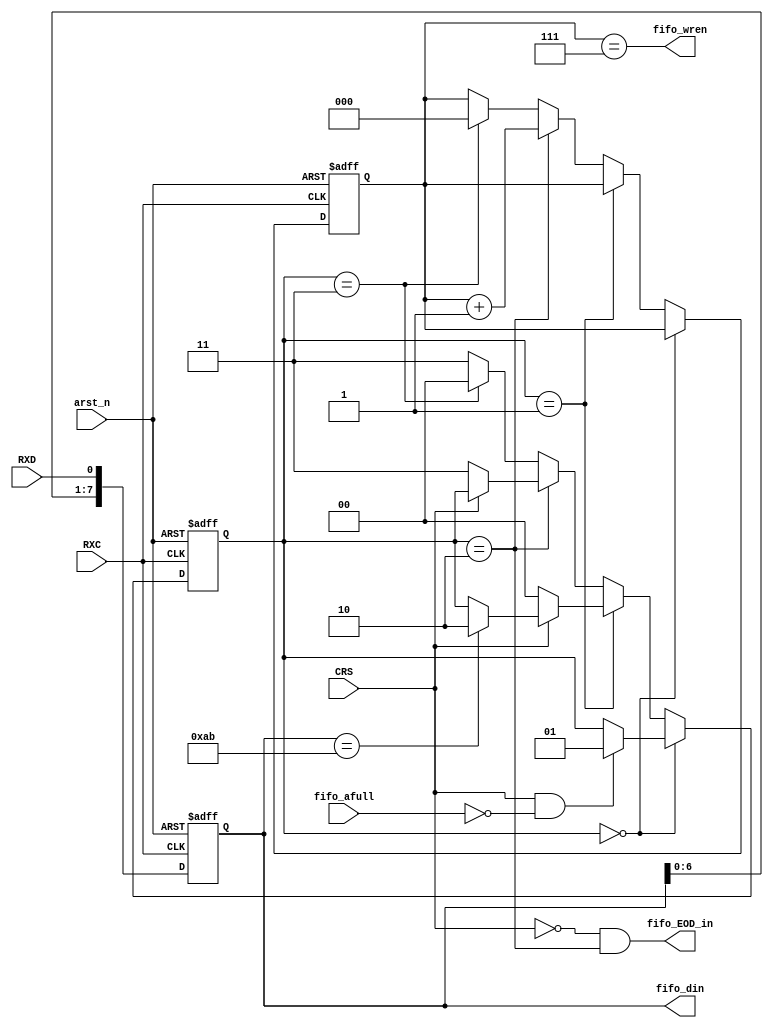
// RX CSMA/CD Half-Duplex Ethernet Module with SNI Interface
// Receive data from PHY, then delete preamble, SFD and FCS section.
// After, Store data and EOD (End of Data) flags to FIFO.

module SNI_RX(
	arst_n,
	fifo_afull, fifo_din, fifo_wren,
	// Original FIFO Signal
	fifo_EOD_in,
	// SNI signal
	RXC, CRS, RXD
 );
    // general interface
    input wire arst_n;            // async reset from user clock domain
    
    // FIFO Interface signal
    input  wire fifo_afull;       // fifo also_full
    output wire [7:0] fifo_din;
    output wire fifo_wren;    
	// Original FIFO signal    
    output wire fifo_EOD_in;     // indicates End of Data. Useful to detect frame end.

    // SNI (Serial Network Interface) signal
	input  wire RXC;
    input  wire CRS;
    input  wire RXD;
    
	// state 
	reg [1:0] STATE;
	localparam S_IDLE = 2'b00,
    	  S_PREAMBLE = 2'b01,
    	  S_BODY     = 2'b10,
    	  S_END      = 2'b11;	

	reg [7:0] seq; // 1Byte
	reg [2:0] counter; // 0 -> 7 counter for make a Byte from bits

	assign fifo_din = seq;
	// store to fifo 1Byte cycle
	assign fifo_wren = (counter == 3'h7);
	// assign fifo_wren = 1'b1;	
	assign fifo_EOD_in = ~CRS & (STATE == S_BODY);

	always @(posedge RXC or negedge arst_n)
	begin
		if (arst_n == 1'b0)
		begin
			STATE   <= S_IDLE;
			seq     <= 8'b0;
			counter <= 3'b0;
		end
		else
		begin
			seq <= {seq[6:0], RXD};
			if (STATE == S_IDLE)
			begin
				if (CRS & ~fifo_afull)
					STATE <= S_PREAMBLE;
			end
			
			else if (STATE == S_PREAMBLE)
			begin
				if (~CRS)
					STATE <= S_IDLE;
				else if (seq == 8'b1010_1011) // detect SFD
					STATE <= S_BODY;
			end
						
			else if (STATE == S_BODY)
			begin
				counter <= counter + 3'b1;
				if (~CRS)
				begin
					STATE <= S_END;
				end
		
				// store to fifo 1Byte cycle
			end
			
			else if (STATE == S_END)
			begin
				counter <= 3'b0;
				STATE   <= S_IDLE;
			end

         	// undefined state, go to S_END	
			else
			begin
				STATE <= S_END;
			end		
			
		end
	end

endmodule